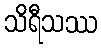
သိရီသဿ